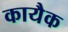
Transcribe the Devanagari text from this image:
कायैक